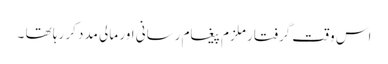
اس وقت گرفتار ملزم پیغام رسانی اور مالی مدد کر رہا تھا ۔